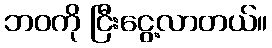
ဘဝကို ငြီးငွေ့လာတယ်။